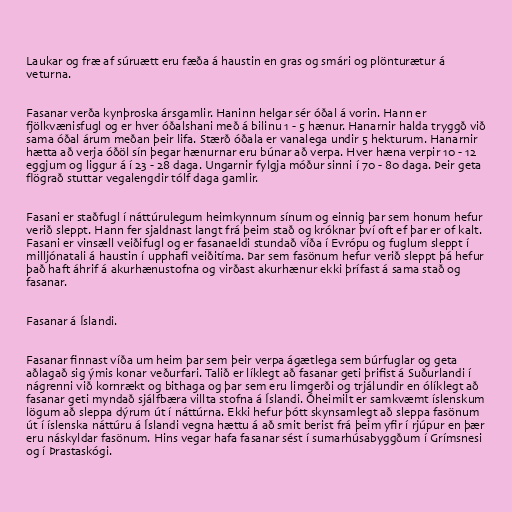
Laukar og fræ af súruætt eru fæða á haustin en gras og smári og plönturætur á
veturna.

Fasanar verða kynþroska ársgamlir. Haninn helgar sér óðal á vorin. Hann er
fjölkvænisfugl og er hver óðalshani með á bilinu 1 - 5 hænur. Hanarnir halda tryggð við
sama óðal árum meðan þeir lifa. Stærð óðala er vanalega undir 5 hekturum. Hanarnir
hætta að verja óðöl sín þegar hænurnar eru búnar að verpa. Hver hæna verpir 10 - 12
eggjum og liggur á í 23 - 28 daga. Ungarnir fylgja móður sinni í 70 - 80 daga. Þeir geta
flögrað stuttar vegalengdir tólf daga gamlir.

Fasani er staðfugl í náttúrulegum heimkynnum sínum og einnig þar sem honum hefur
verið sleppt. Hann fer sjaldnast langt frá þeim stað og króknar því oft ef þar er of kalt.
Fasani er vinsæll veiðifugl og er fasanaeldi stundað víða í Evrópu og fuglum sleppt í
milljónatali á haustin í upphafi veiðitíma. Þar sem fasönum hefur verið sleppt þá hefur
það haft áhrif á akurhænustofna og virðast akurhænur ekki þrífast á sama stað og
fasanar.

Fasanar á Íslandi.

Fasanar finnast víða um heim þar sem þeir verpa ágætlega sem búrfuglar og geta
aðlagað sig ýmis konar veðurfari. Talið er líklegt að fasanar geti þrifist á Suðurlandi í
nágrenni við kornrækt og bithaga og þar sem eru limgerði og trjálundir en ólíklegt að
fasanar geti myndað sjálfbæra villta stofna á Íslandi. Óheimilt er samkvæmt íslenskum
lögum að sleppa dýrum út í náttúrna. Ekki hefur þótt skynsamlegt að sleppa fasönum
út í íslenska náttúru á Íslandi vegna hættu á að smit berist frá þeim yfir í rjúpur en þær
eru náskyldar fasönum. Hins vegar hafa fasanar sést í sumarhúsabyggðum í Grímsnesi
og í Þrastaskógi.